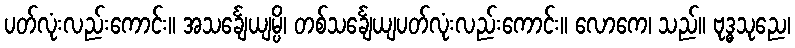
ပတ်လုံးလည်းကောင်း။ အသင်္ချေယျမ္ပိ၊ တစ်သင်္ချေယျပတ်လုံးလည်းကောင်း။ လောကေ၊ သည်။ ဗုဒ္ဓသုညေ၊